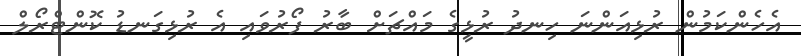
އެހެންކަމުން ރުޅިއަންނަ ހިނދު ރުޅީގެ މައްޗަށް ބާރު ފޯރުވައި އެ ރުޅިގަނޑު ކޮންޓްރޯލް